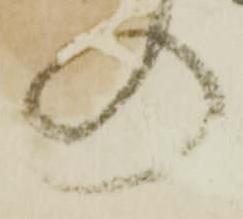
の